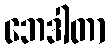
ဘေဒါတာ